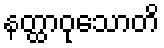
နတ္ထာဝုသောတိ